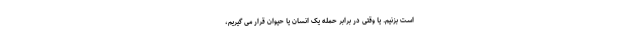
است بزنیم. یا وقتی در برابر حمله یک انسان یا حیوان قرار می گیریم،